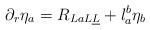
LaTeX: \begin{align*}\partial_r \eta_a = R_{LaL\underline L} +l_a^b \eta_b\end{align*}